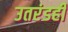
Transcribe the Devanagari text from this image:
उतरंडही